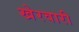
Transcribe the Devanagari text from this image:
खेरवारी